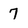
Character: 7